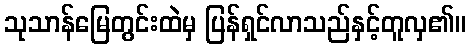
သုသာန်မြေတွင်းထဲမှ ပြန်ရှင်လာသည်နှင့်တူလှ၏။